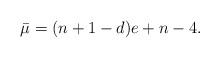
LaTeX: \begin{align*}\bar\mu=(n+1 - d)e + n - 4.\end{align*}